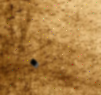
٠